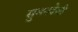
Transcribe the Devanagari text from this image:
सुमनदेवी